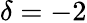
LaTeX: \delta=-2